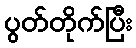
ပွတ်တိုက်ပြီး